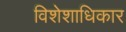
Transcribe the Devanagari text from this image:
विशेशाधिकार